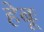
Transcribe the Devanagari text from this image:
हेबूः